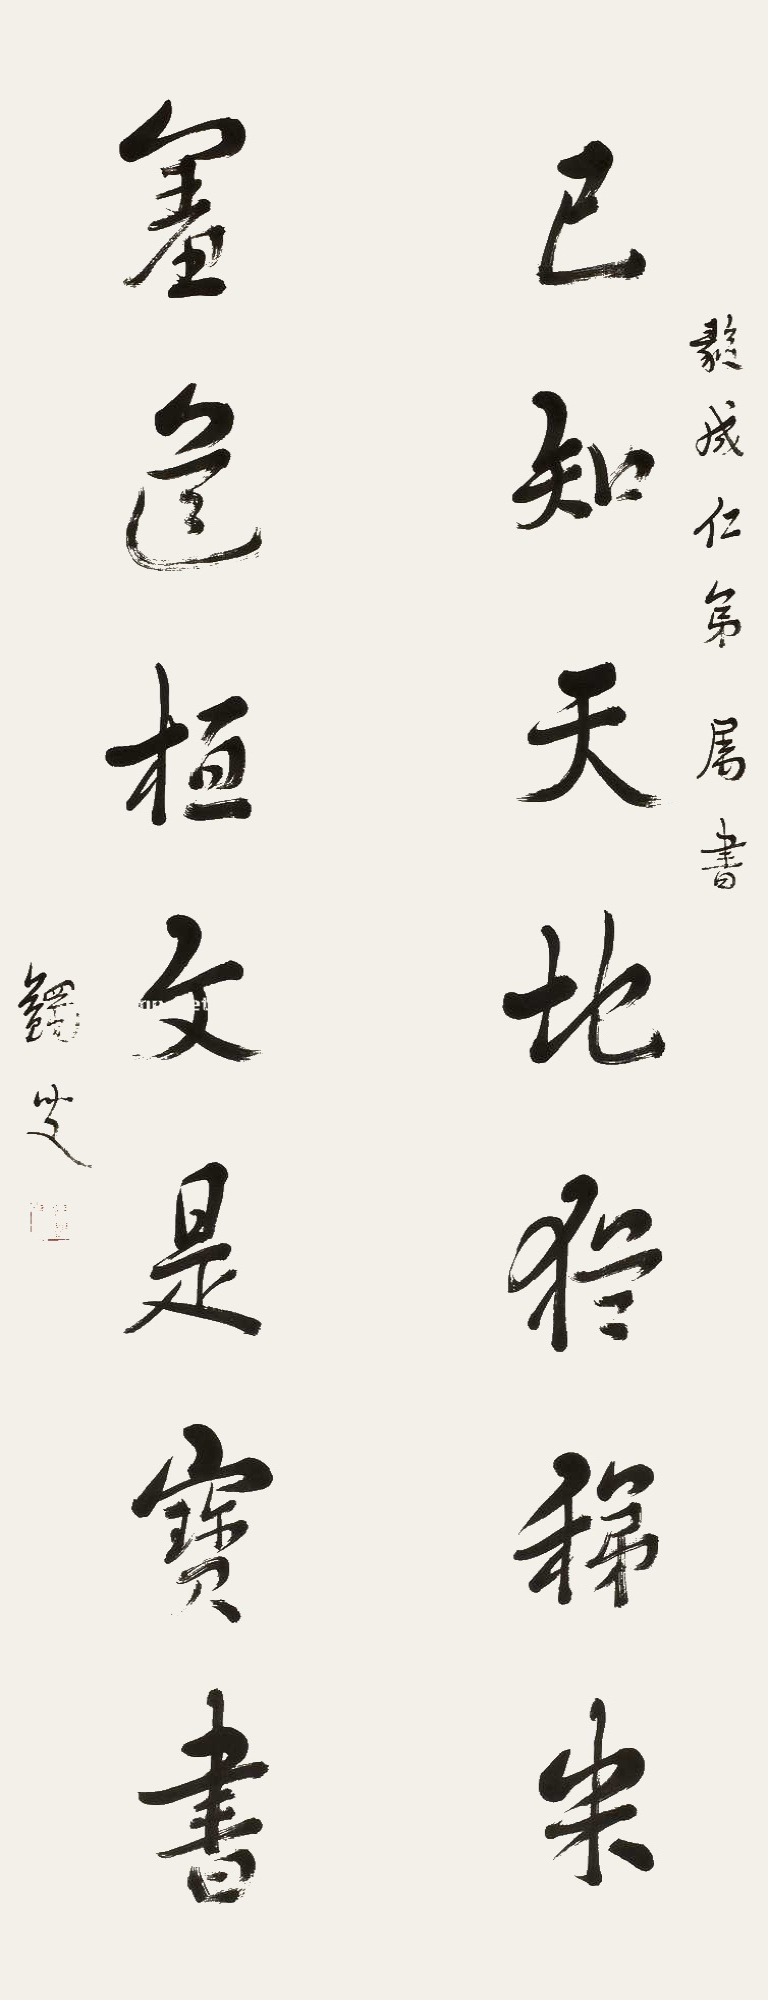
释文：已知天地犹稊米，羞道桓文是宝书。毅成仁弟属书，蠲叟。